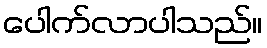
ပေါက်လာပါသည်။